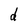
Character: d